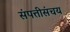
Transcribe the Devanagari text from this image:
संपत्तीसंचय